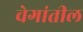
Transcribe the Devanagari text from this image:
वेगांतील